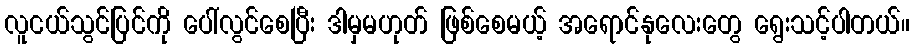
လူငယ်သွင်ပြင်ကို ပေါ်လွင်စေပြီး ဒါမှမဟုတ် ဖြစ်စေမယ့် အရောင်နုလေးတွေ ရွေးသင့်ပါတယ်။